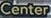
Center